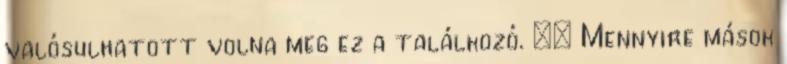
valósulhatott volna meg ez a találkozó. ·· Mennyire mások